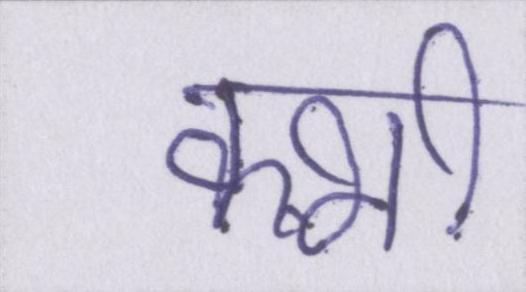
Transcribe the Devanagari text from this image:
क्भी